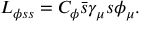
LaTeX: L _ { \phi s s } = C _ { \phi } \bar { s } \gamma _ { \mu } s \phi _ { \mu } .